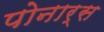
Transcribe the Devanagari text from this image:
पोनार्स